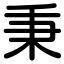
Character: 秉